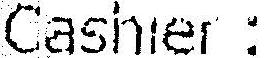
CASHIER :